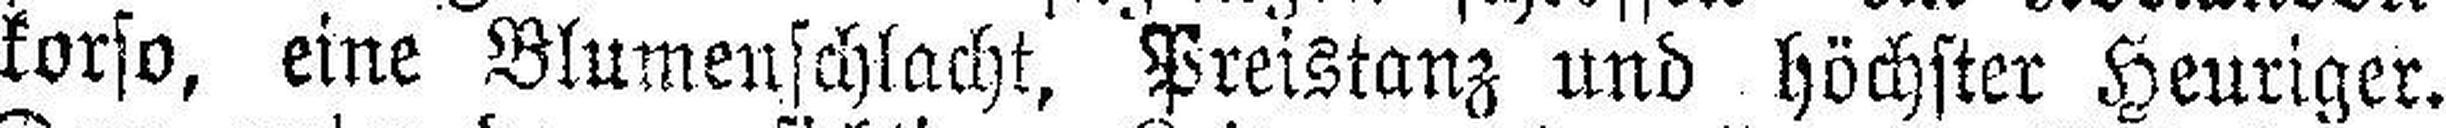
korso, eine Blumenschlacht, Preistanz und höchster Heuriger.